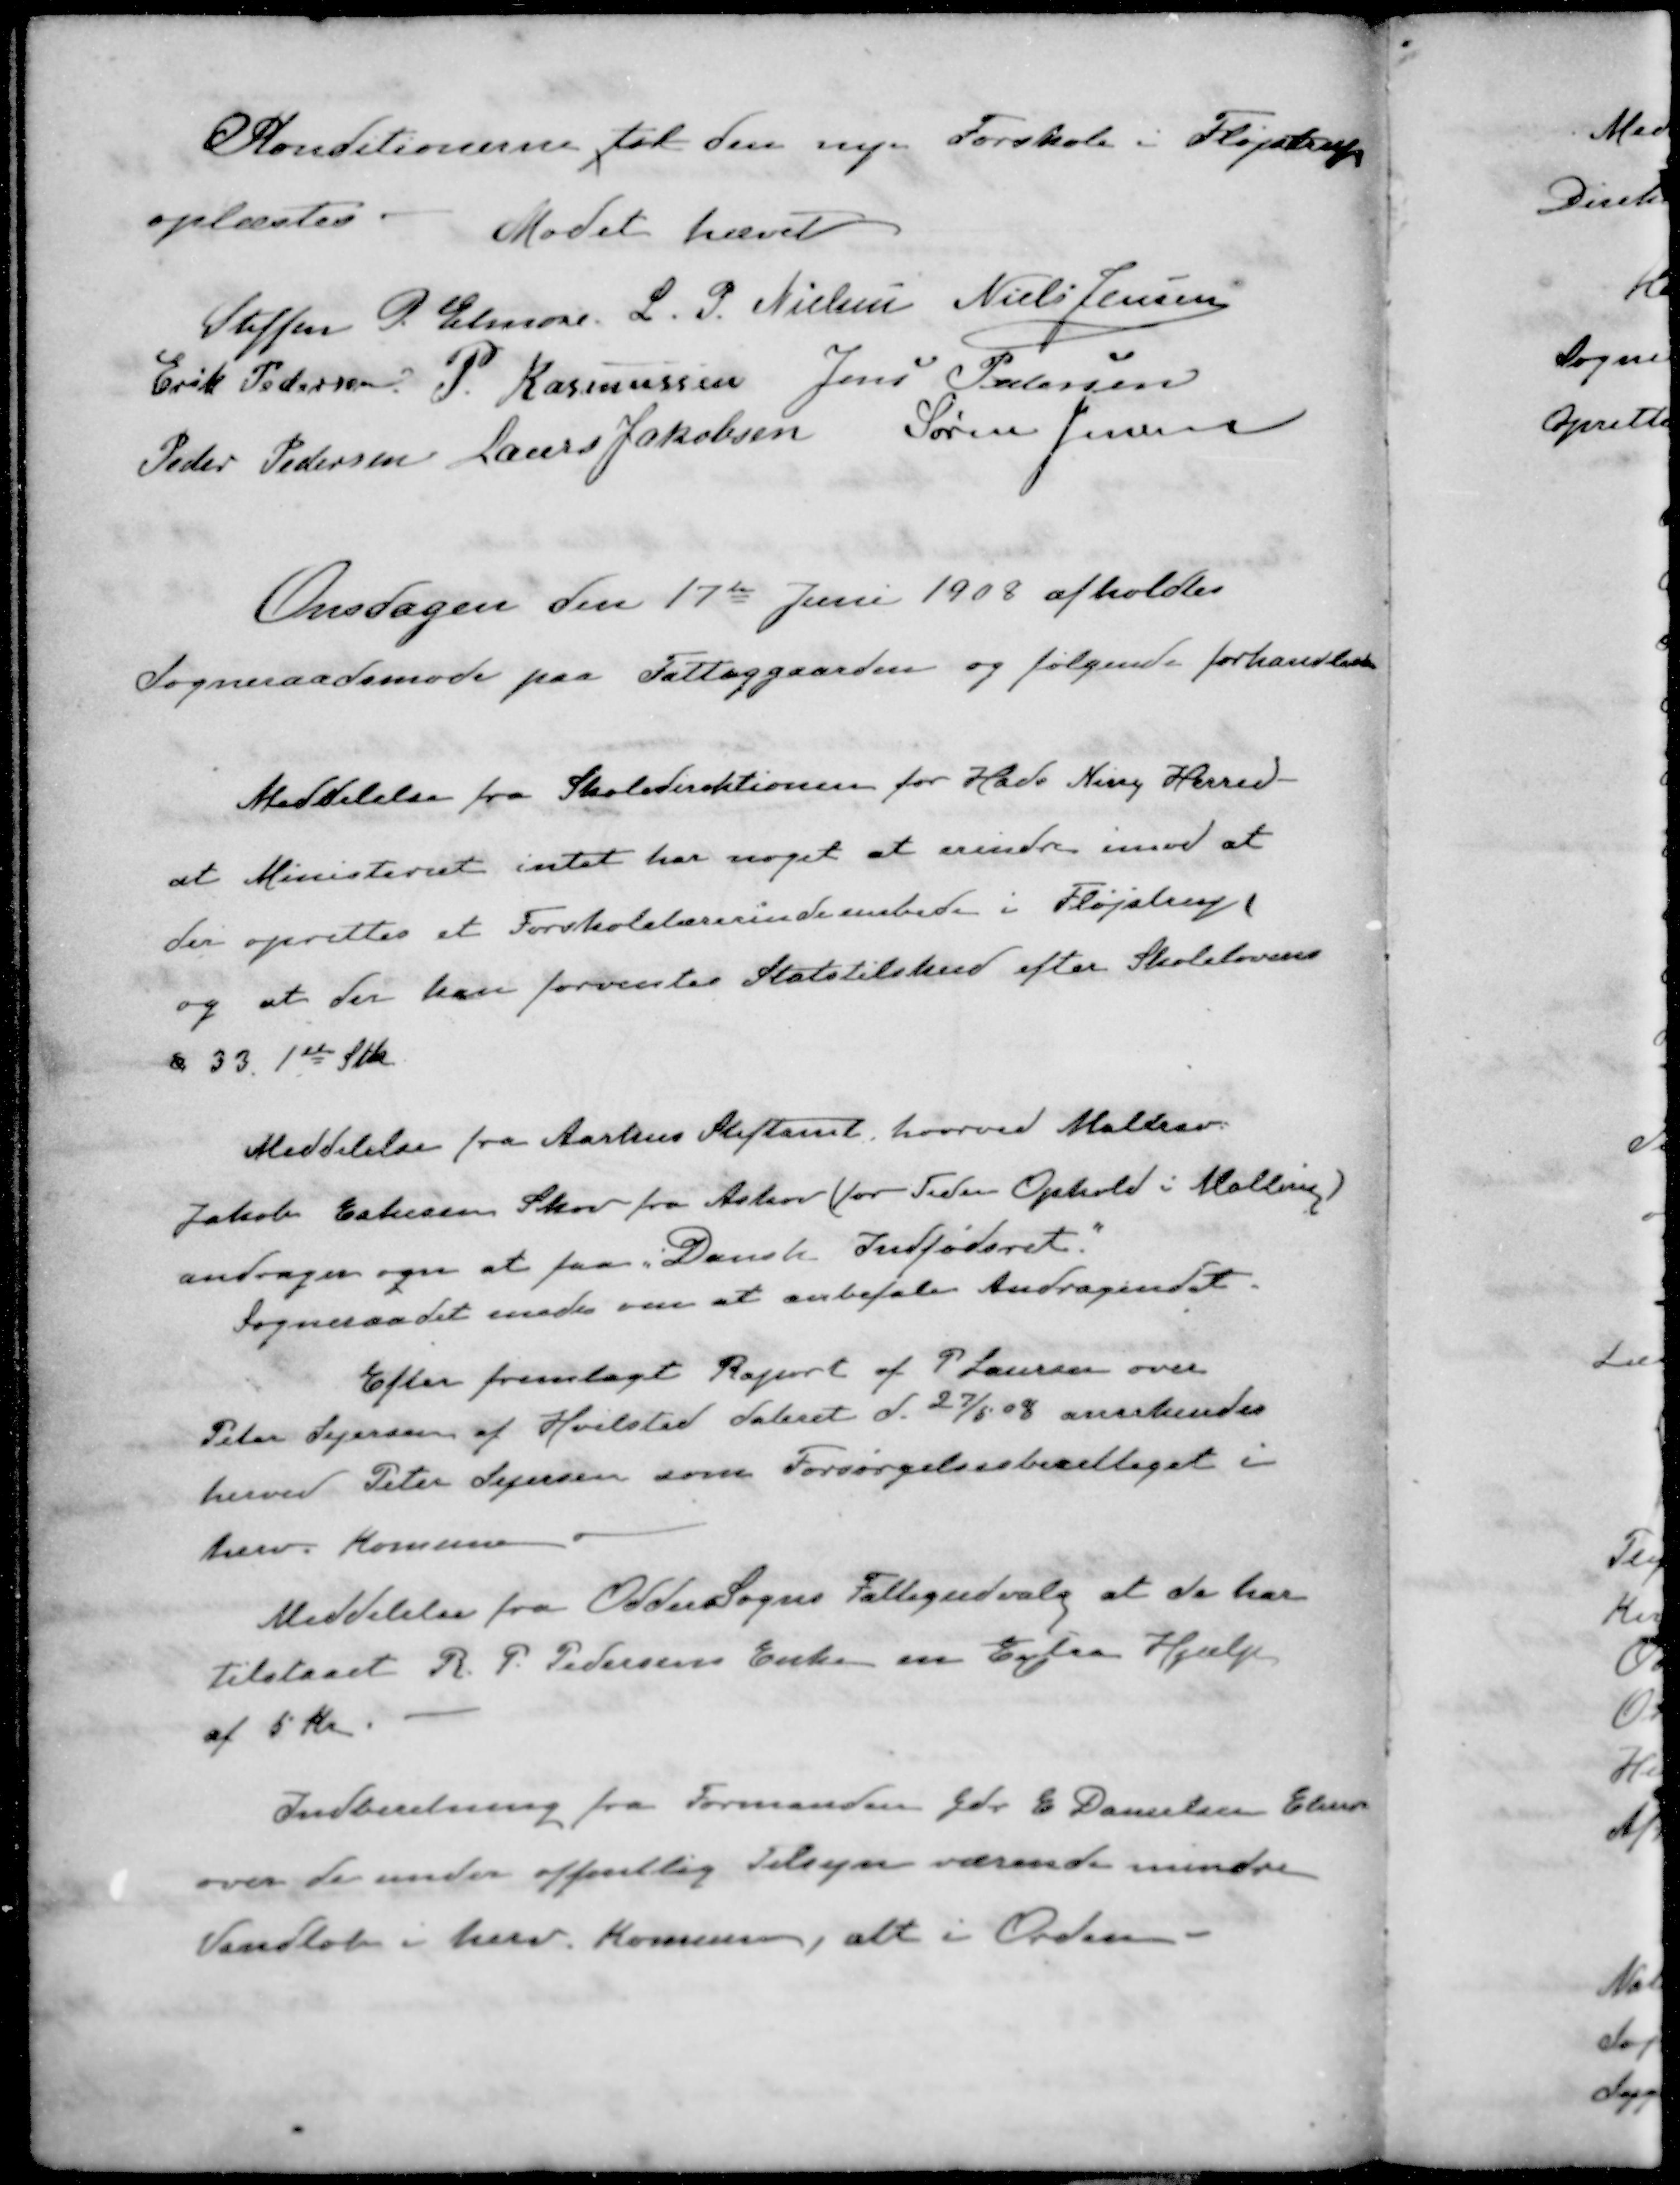
Transskription:
Konditionerne til den nye Forskole i Fløjstrup
oplæstes
Mødet hævet
Steffen P. Elmose
L. P. Nielsen
Niels Jensen
Erik Pedersen
P. Rasmussen
Jens Pedersen
Peder Pedersen
Laurs Jakobsen
Søren Jensen
Onsdagen den 17de Juni 1908 afholdtes
Sogneraadsmøde paa Fattiggaarden og følgende forhandledes
Meddelelse fra Skoledirektionen for Hads Ning Herred
at Ministeriet intet har noget at erindre imod at
der oprettes et Forskolelærerindeembede i Fløjstrup
og at der kan forventes Statstilskud efter Skolelovens
§ 33 1ste Stk
Meddelelse fra Aarhus Stiftamt, hvorved Møller
Jakob Eskesens Skov fra Askov (for Tiden Ophold i Malling)
andrager om at faa Dansk Indfødsret.
Sogneraadet enedes om at anbefale Andragendet.
Efter fremlagt Raport af P. Laursen over
Peter Sejersen af Hvilsted dateret d. 27/5 08 anerkendes
herved Peter Sejersen som Forsørgelsesberettiget i
herv. Komune
Meddelelse fra Odder Sogns Fattigudvalg at de har
tilstaaet R. P. Pedersens Enke en Extra Hjælp
af 5 Kr
Indberetning fra Formanden Gdr. C. Danielsen Elm.
over de under offentlig Tilsyn værende mindre
Vandløb i herv. Kommunen, alt i Orden